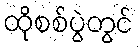
ထိုစစ်ပွဲတွင်